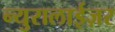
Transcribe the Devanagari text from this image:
न्युरालाईज़र